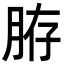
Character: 𦛊